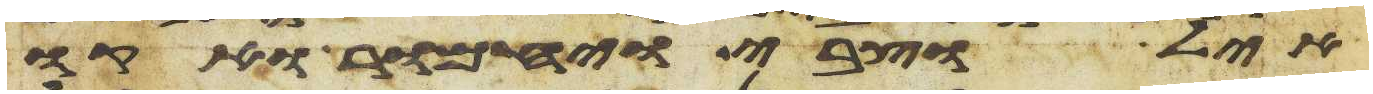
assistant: איל וצבי ויחמור אקו